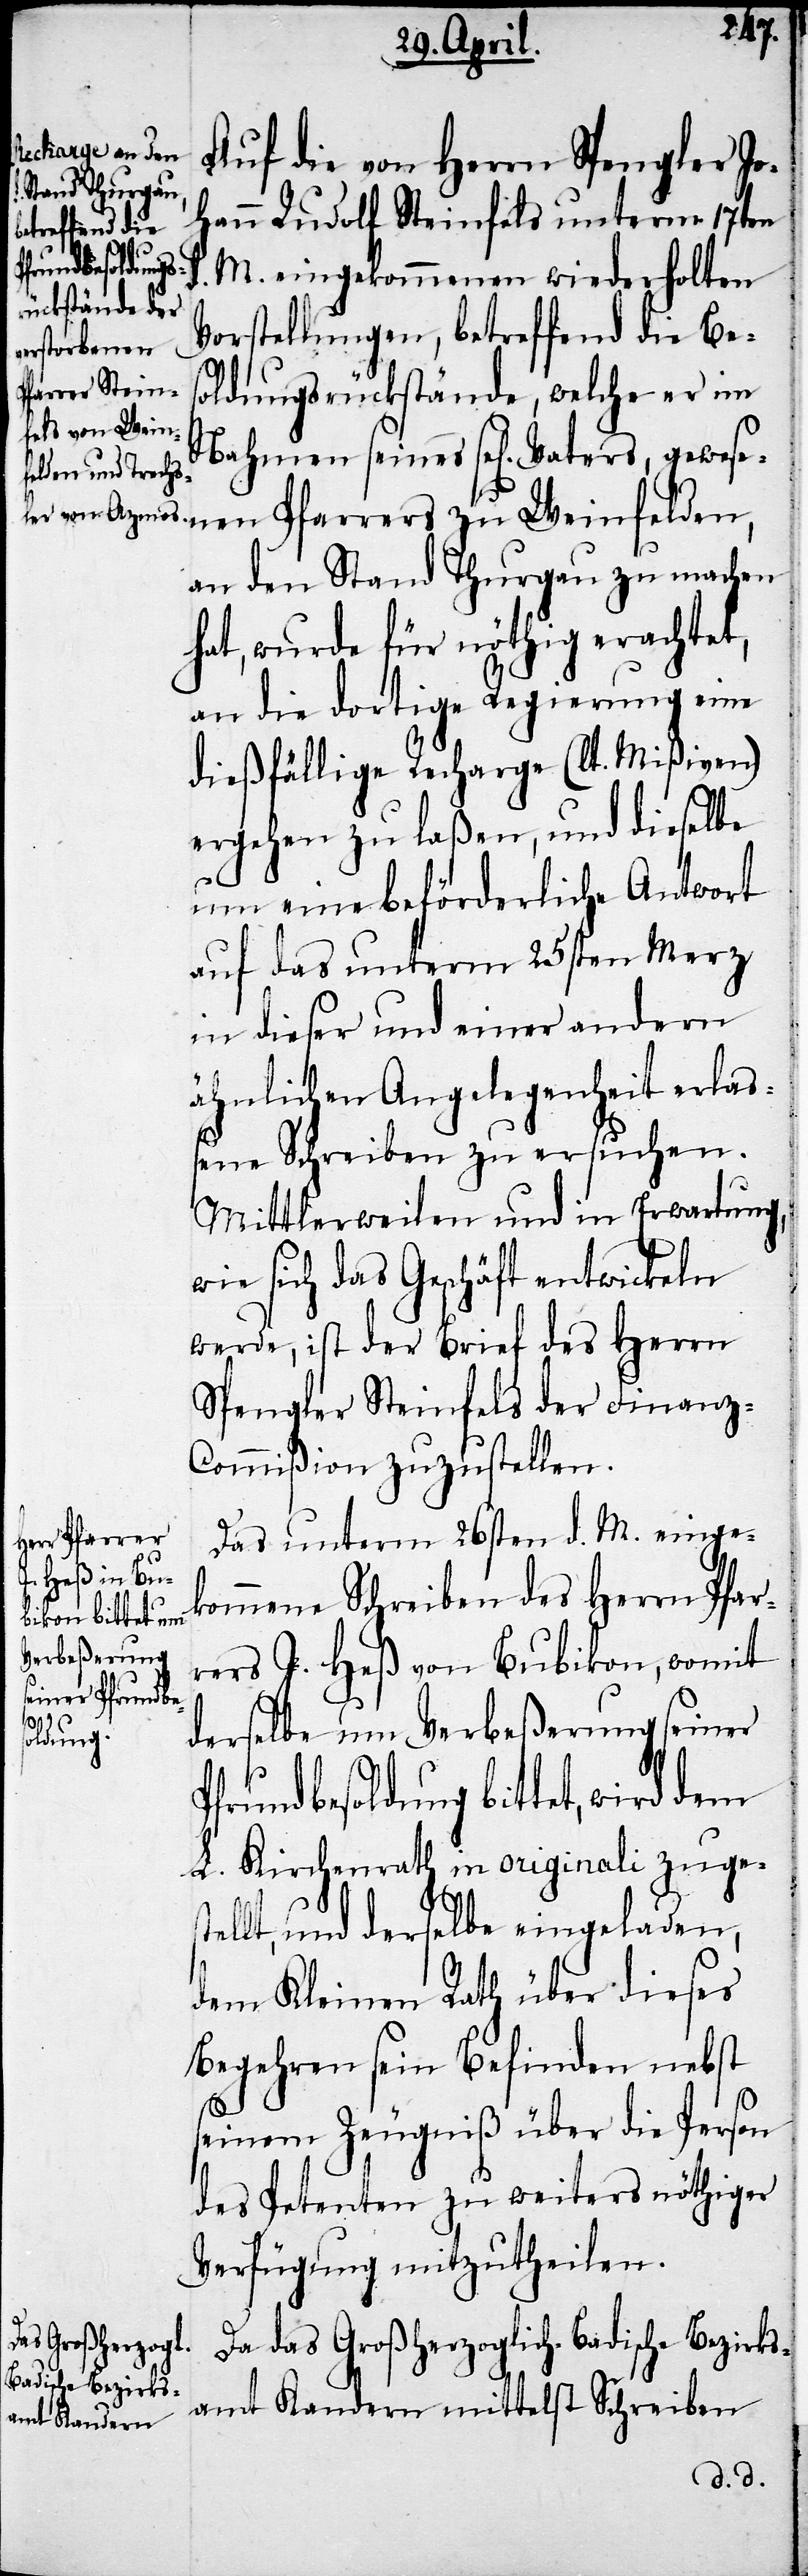
Auf die von Herrn Spengler Jo¬
hann Rudolf Steinfels unterm 17ten
Pfrundbesoldung
M. eingekommenen wiederholten
Vorstellungen, betreffend die Be¬
soldungsrückstände, welche er im
Vaters, gewesenen Pfarrers zu Weinfelden,
an den Stand Thurgau zu machen
hat, wurde für nöthig erachtet,
an die dortige Regierung eine
dießfällige Recharge (lt. Mißiven)
ergehen zu laßen, und dieselbe
um eine beförderliche Antwort
auf das unterm 25sten Merz
in dieser und einer andern
ähnlichen Angelegenheit erlas¬
sene Schreiben zu ersuchen.
Mittlerweilen und in Erwartung,
wie sich das Geschäft entwickeln
werde, ist der Brief des Herrn
Spengler Steinfels der Finanz-C¬
ommißion zuzustellen.
Das unterm 26sten d. M. einge¬
kommene Schreiben des Herrn Pfar¬
rers J. Heß von Bubikon, womit
derselbe um Verbeßerung seiner
L. Kirchenrath in originali zuges¬
tellt, und derselbe eingeladen,
dem Kleinen Rath über dieses
Begehren sein Befinden nebst
seinem Zeugniß über die Person
des Petenten zu weiters nöthiger
Verfügung mitzutheilen.
Da das Großherzoglich-Badische Bezirks¬
amt Kandern mittelst Schreiben